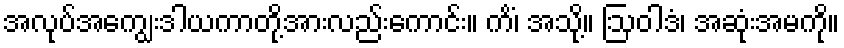
အလုပ်အကျွေးဒါယကာတို့အားလည်းကောင်း။ ကိံ၊ အသို့။ ဩဝါဒံ၊ အဆုံးအမကို။